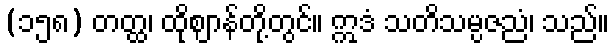
(၁၅၈) တတ္ထ၊ ထိုဈာန်တို့တွင်။ ဣဒံ သတိသမ္ပဇညံ၊ သည်။